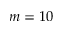
m = 1 0